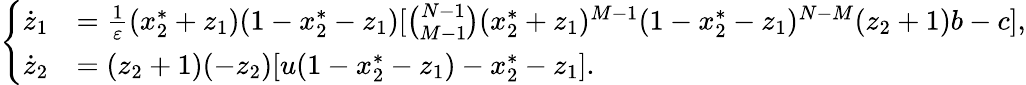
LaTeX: \left\{ \begin{array}{rl}{\dot{z}_{1}}&{=\frac{1}{\varepsilon}(x_{2}^{*}+z_{1})(1-x_{2}^{*}-z_{1})[\binom{N-1}{M-1}(x_{2}^{*}+z_{1})^{M-1}(1-x_{2}^{*}-z_{1})^{N-M}(z_{2}+1)b-c],}\\ {\dot{z}_{2}}&{=(z_{2}+1)(-z_{2})[u(1-x_{2}^{*}-z_{1})-x_{2}^{*}-z_{1}].}\end{array}\right.